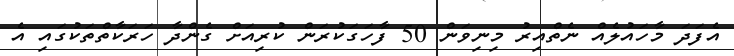
އެފަދަ މާހައުލެއް ނެތްއިރު މިނިވަން 50 ފާހަގަކުރަން ކުރިއަށް ގެންދާ ހަރަކާތްތަކުގައި އެ